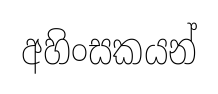
අහිංසකයන්